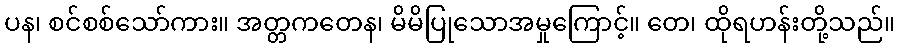
ပန၊ စင်စစ်သော်ကား။ အတ္တကတေန၊ မိမိပြုသောအမှုကြောင့်။ တေ၊ ထိုရဟန်းတို့သည်။